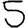
Digit: 5